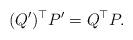
LaTeX: \begin{align*}(Q')^\top P'=Q^\top P.\end{align*}